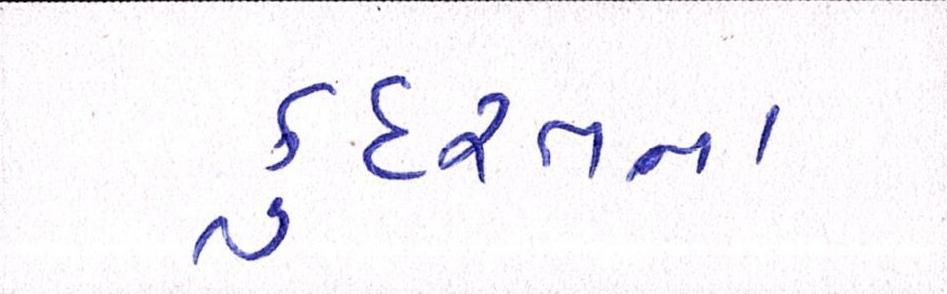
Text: કુદરતના